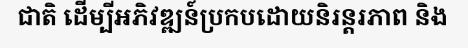
ជាតិ ដើម្បីអភិវឌ្ឍន៍ប្រកបដោយនិរន្តរភាព និង